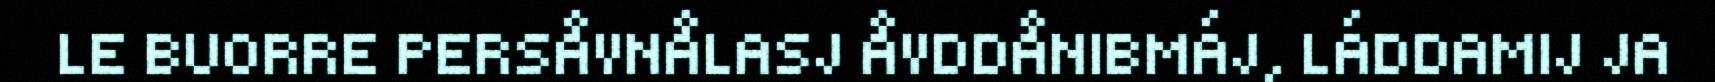
LE BUORRE PERSÅVNÅLASJ ÅVDDÅNIBMÁJ, LÁDDAMIJ JA